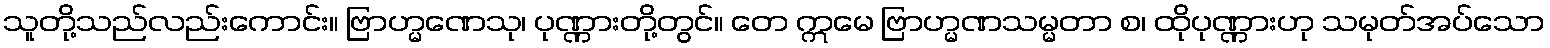
သူတို့သည်လည်းကောင်း။ ဗြာဟ္မဏေသု၊ ပုဏ္ဏားတို့တွင်။ တေ ဣမေ ဗြာဟ္မဏသမ္မတာ စ၊ ထိုပုဏ္ဏားဟု သမုတ်အပ်သော